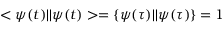
< \psi ( t ) | | \psi ( t ) > = \{ \psi ( \tau ) | | \psi ( \tau ) \} = 1